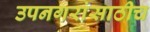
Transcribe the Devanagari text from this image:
उपनगरांसाठीच